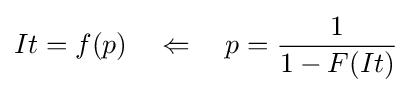
It=f(p)\quad \Leftarrow \quad p={\frac {1}{1-F(It)}}